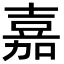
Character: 嘉